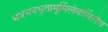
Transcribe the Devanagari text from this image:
भवभयभृतामूर्मिलेवोर्मिलैव